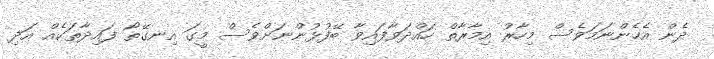
ދެން އެހެންނަމަވެސް މިހާރު އިމާރާތް ހައްދަވާފައިވާ ބޭފުޅުންނަށްވެސް މީގަ އިނގޭތޯ ފައިދާތަކެއް އަދި